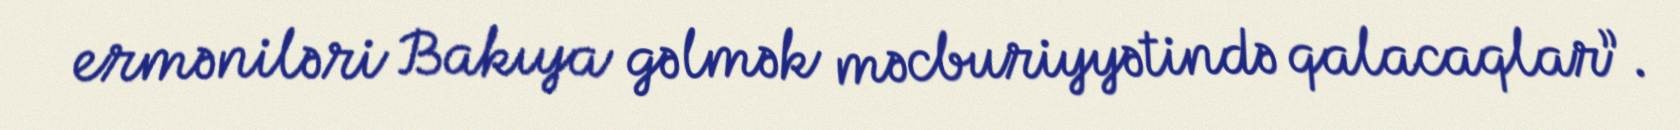
erməniləri Bakıya gəlmək məcburiyyətində qalacaqlar”.